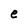
Character: e